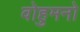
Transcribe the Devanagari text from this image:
वोहुमनो